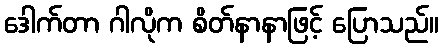
ဒေါက်တာ ဂါလိုက စိတ်နာနာဖြင့် ပြောသည်။